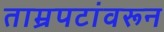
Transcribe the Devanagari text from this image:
ताम्रपटांवरून